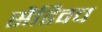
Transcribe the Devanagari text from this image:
सैडिवच